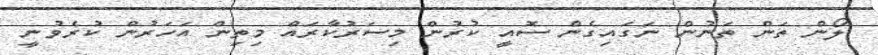
ލޯން ތަން ތަނުން ނަގައިގެން ސޮއީ ކުރުން މިސަރުކާރައް މިތިން އަހަރުން ކުރެވުނީ